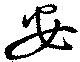
安